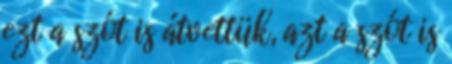
ezt a szót is átvettük, azt a szót is